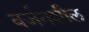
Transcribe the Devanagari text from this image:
वर्जनशील